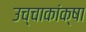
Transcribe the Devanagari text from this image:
उच्चाकांक्षा